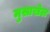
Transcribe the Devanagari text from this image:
मुसाखेल